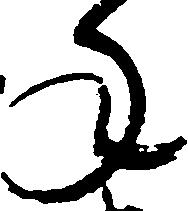
年